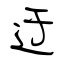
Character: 迂